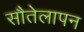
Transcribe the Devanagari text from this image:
सौतेलापन